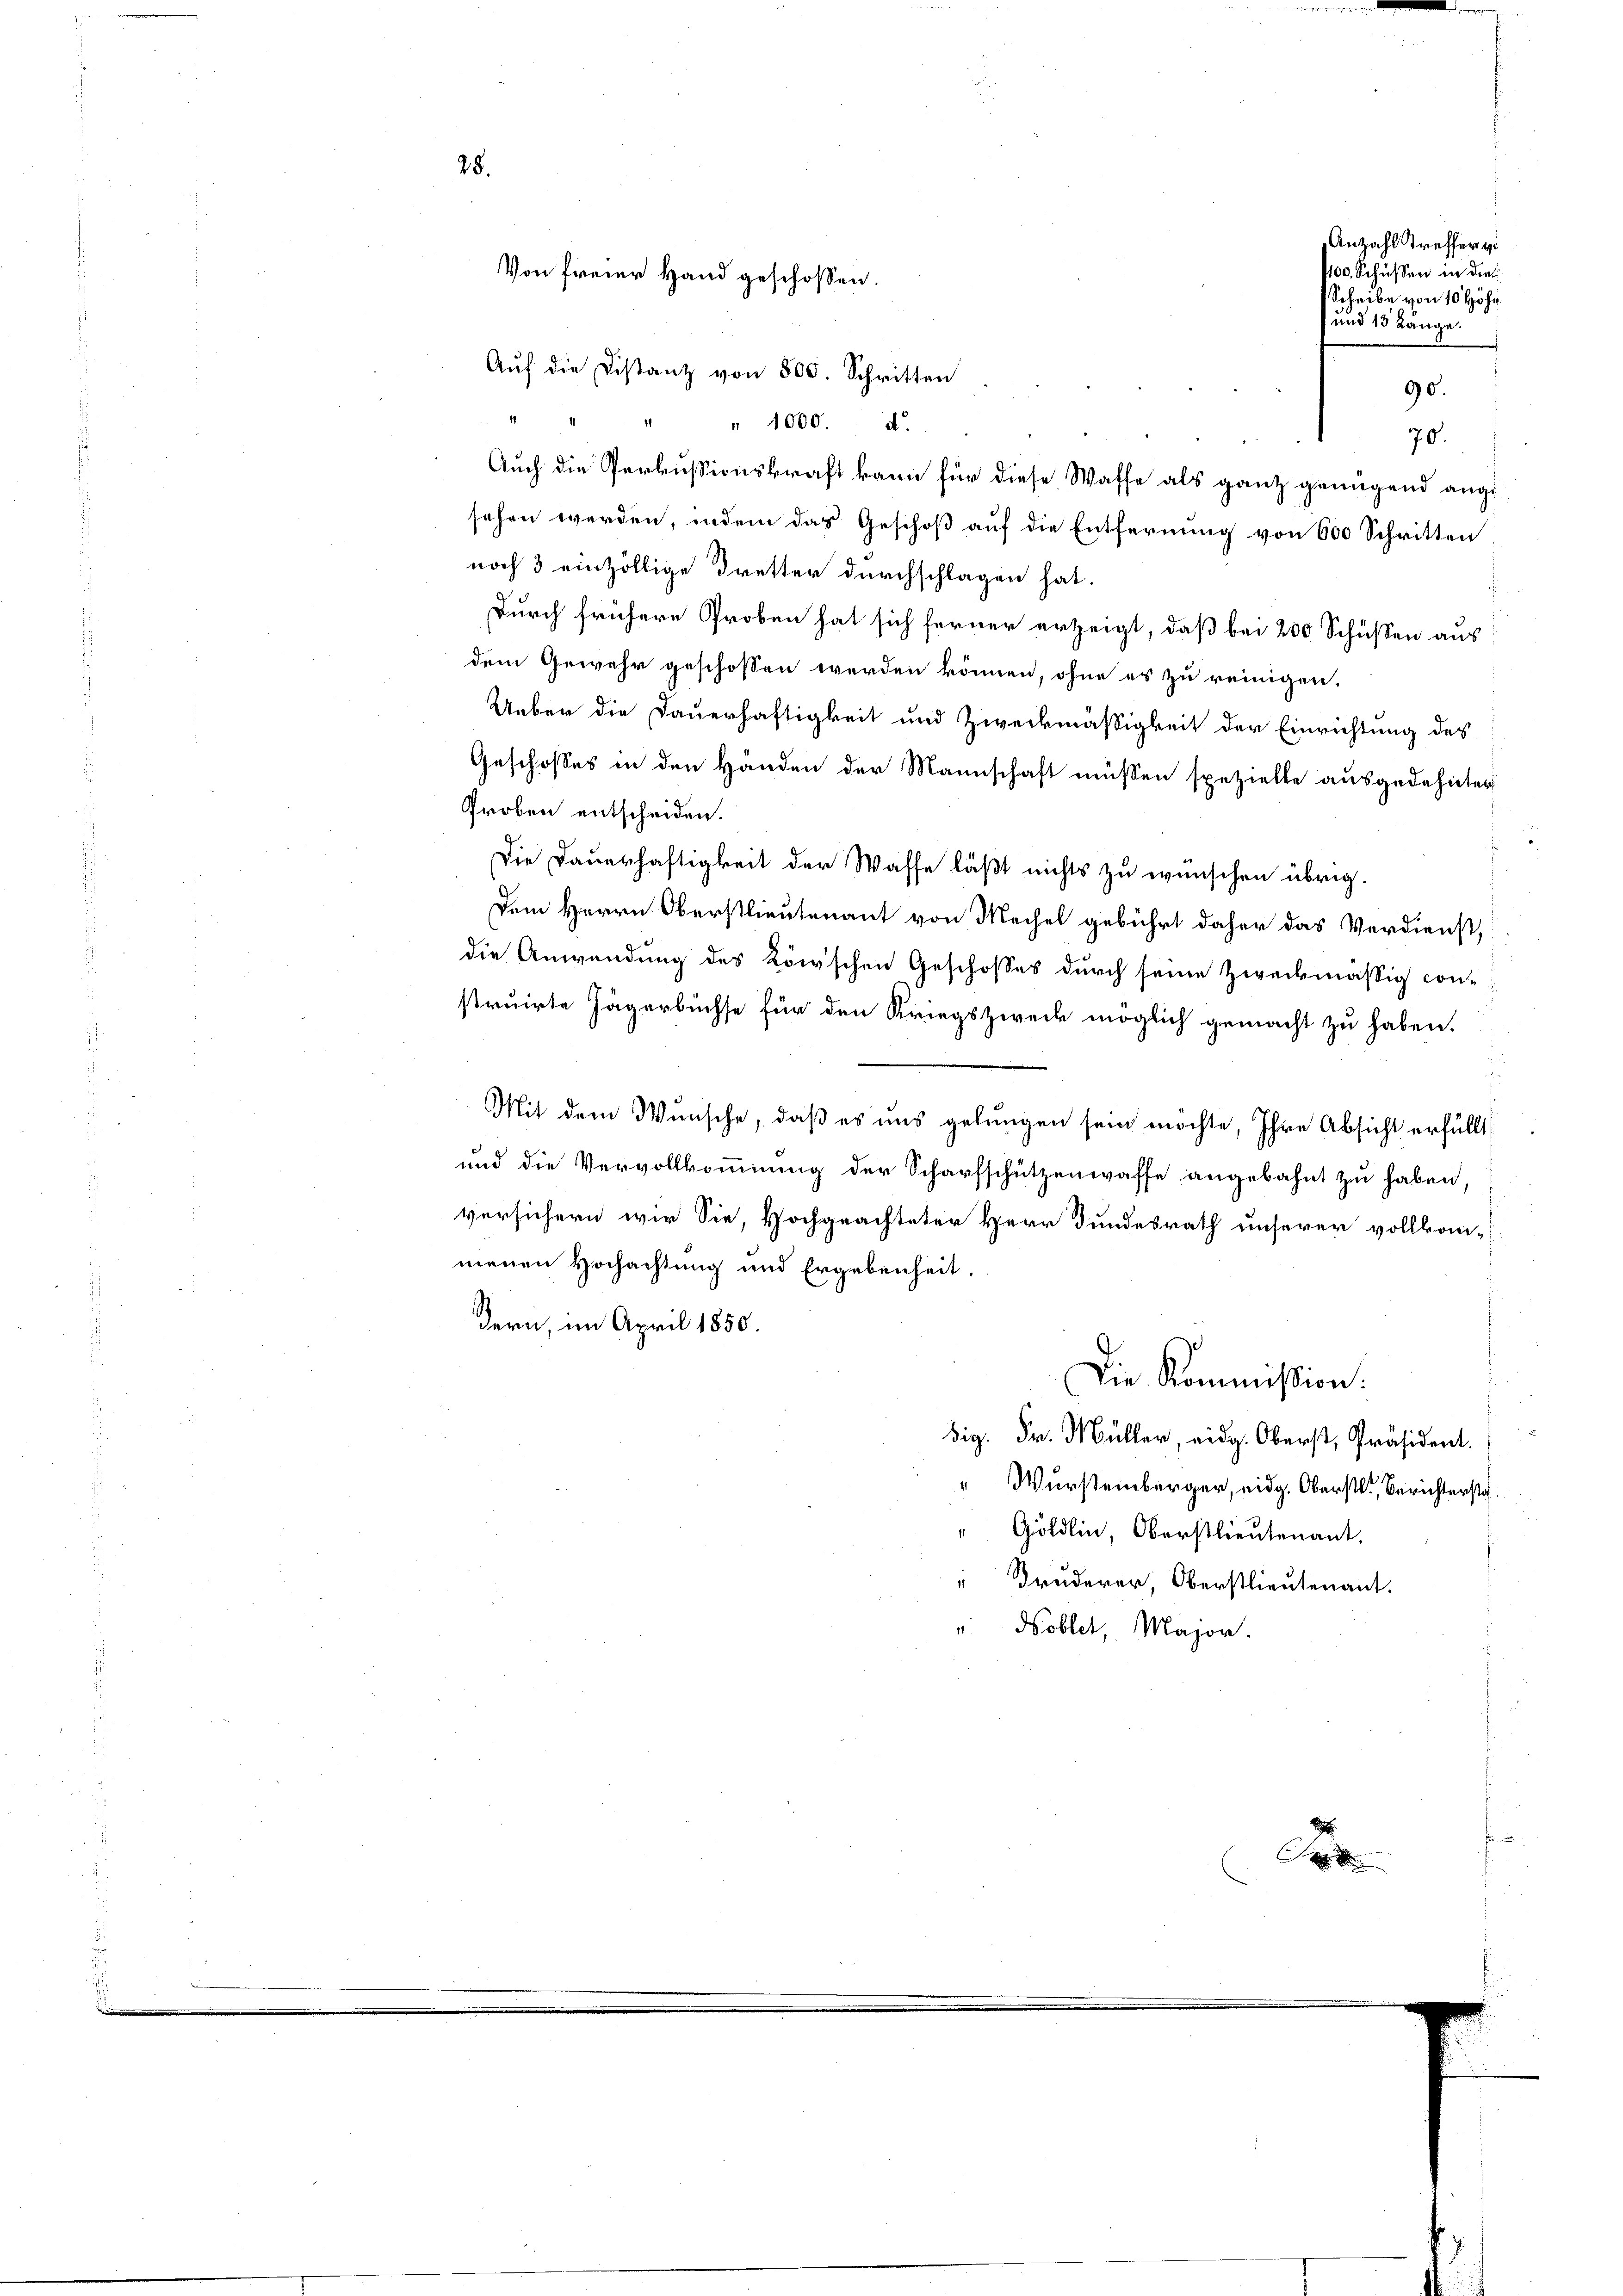
28.
Von freier Hand geschossen.
Auf die Distanz von 500. Schritten

Anzahl treffer v
400. Schüssen in dies
Scheibe von 10 Höhe
und 13 Länge.
90.

" " 1000. d.
70.
Auch die Permissionskraft kann für diese Waffe als ganz genügend angesehen werden, indem das Geschoß auf die Entfernung von 600 Schritten
noch 3 einzöllige Dretter durchschlagen hat.
Durch frühere Proben hat sich ferner erzeigt, daß bei 200 Schüssen aus
dem Gewehr geschossen werden können, ohne es zu reinigen.
Ueber die Dauerhaftigkeit und Zweckmäßigkeit der Einrichtung des
Geschosses in den Händen der Mannschaft müssen spezielle ausgedehnter
Proben entscheiden.
Die Dauerhaftigkeit der Wasse läßt nichts zu wünschen übrig.
Dem Herrn Oberstlieutenant von Mechel gebührt daher das Verdienst,
die Anwendung des Köwschen Geschosses durch seine zweckmässig con-
struirte Jägerbüchse für den Kriegszweck möglich gemacht zu haben.
Mit dem Wunsche, daß es uns gelungen sein möchte, Ihre Absicht erfüllt
und die Vervollkommnung der Scharfschützenwaffe angebahnt zu haben,
versichern wir Sie, Hochgeachteter Herr Bundesrath unserer vollkom-
menen Hochachtung und Ergebenheit.
dern, im April 1850.
Die Kommission.
dig. Fr. Müller, eidg. Oberst, Präsident.
" Wurstenberger, eidg. Oberst, Berichterste
" Göldlin, Oberstlieutenant.
Bruderer, Oberstlieutenant.
" Hoblet, Major.
d